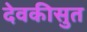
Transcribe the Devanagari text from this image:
देवकीसुत